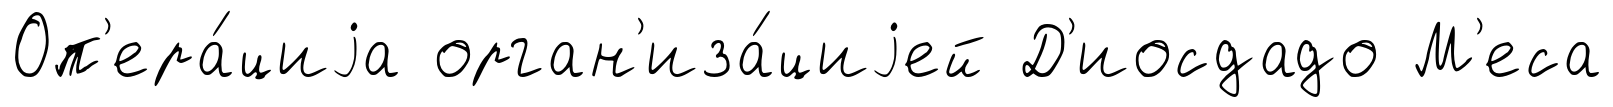
Оп'ера́циjа орган'иза́циjей Д'иосдадо М'еса